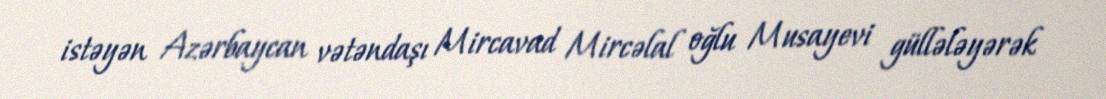
istəyən Azərbaycan vətəndaşı Mircavad Mircəlal oğlu Musayevi güllələyərək